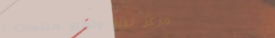
مركز لبيع وتوزيع منتجات ا